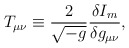
\begin{align*}T_{\mu\nu} \equiv \frac{2}{\sqrt{-g}}\frac{\delta I_m}{\delta g_{\mu\nu}} ,\end{align*}